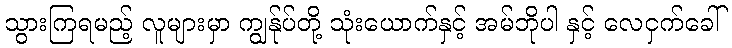
သွားကြရမည့် လူများမှာ ကျွန်ုပ်တို့ သုံးယောက်နှင့် အမ်ဘိုပါ နှင့် လေငှက်ခေါ်